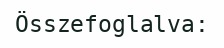
Összefoglalva: